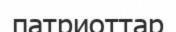
патриоттар